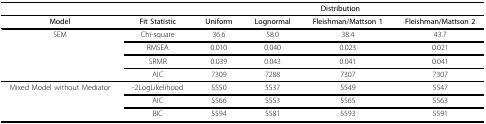
<table><thead><tr><td></td><td></td><td colspan="4"><b>Distribution</b></td></tr></thead><tbody><tr><td><b>Model</b></td><td><b>Fit Statistic</b></td><td><b>Uniform</b></td><td><b>Lognormal</b></td><td><b>Fleishman/Mattson 1</b></td><td><b>Fleishman/Mattson 2</b></td></tr><tr><td>SEM</td><td>Chi-square</td><td>36.6</td><td>58.0</td><td>38.4</td><td>43.7</td></tr><tr><td></td><td>RMSEA</td><td>0.010</td><td>0.040</td><td>0.023</td><td>0.021</td></tr><tr><td></td><td>SRMR</td><td>0.039</td><td>0.043</td><td>0.041</td><td>0.041</td></tr><tr><td></td><td>AIC</td><td>7309</td><td>7288</td><td>7307</td><td>7307</td></tr><tr><td>Mixed Model without Mediator</td><td>-2LogLikelihood</td><td>5550</td><td>5537</td><td>5549</td><td>5547</td></tr><tr><td></td><td>AIC</td><td>5566</td><td>5553</td><td>5565</td><td>5563</td></tr><tr><td></td><td>BIC</td><td>5594</td><td>5581</td><td>5593</td><td>5591</td></tr></tbody></table>